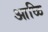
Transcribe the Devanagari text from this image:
आळि